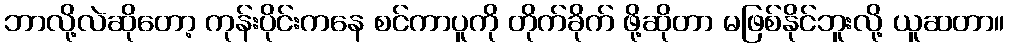
ဘာလို့လဲဆိုတော့ ကုန်းပိုင်းကနေ စင်ကာပူကို တိုက်ခိုက် ဖို့ဆိုတာ မဖြစ်နိုင်ဘူးလို့ ယူဆတာ။